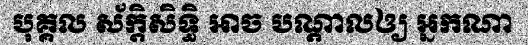
បុគ្គល ស័ក្តិសិទ្ធិ អាច បណ្តាលឲ្យ អ្នកណា